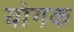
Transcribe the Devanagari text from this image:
योगक